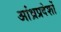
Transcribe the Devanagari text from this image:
आंध्रप्रदेशों